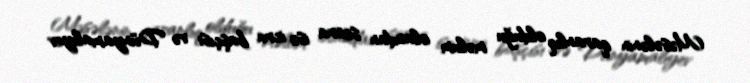
Məsələnin qaranlıq olduğu məlum olandan sonra isə icra başçısı və Dünyamalıyev